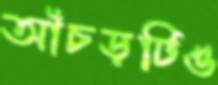
আঁচড়টিও